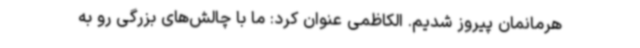
هرمانمان پیروز شدیم. الکاظمی عنوان کرد: ما با چالش‌های بزرگی رو به